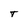
Character: T